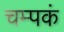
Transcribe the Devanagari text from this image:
चम्पकं